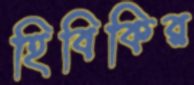
হিবিকির